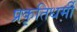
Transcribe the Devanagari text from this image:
प्रकृतिधर्मी